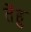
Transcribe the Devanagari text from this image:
तेंहु